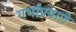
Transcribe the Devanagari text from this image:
गर्भांप्रमाणे